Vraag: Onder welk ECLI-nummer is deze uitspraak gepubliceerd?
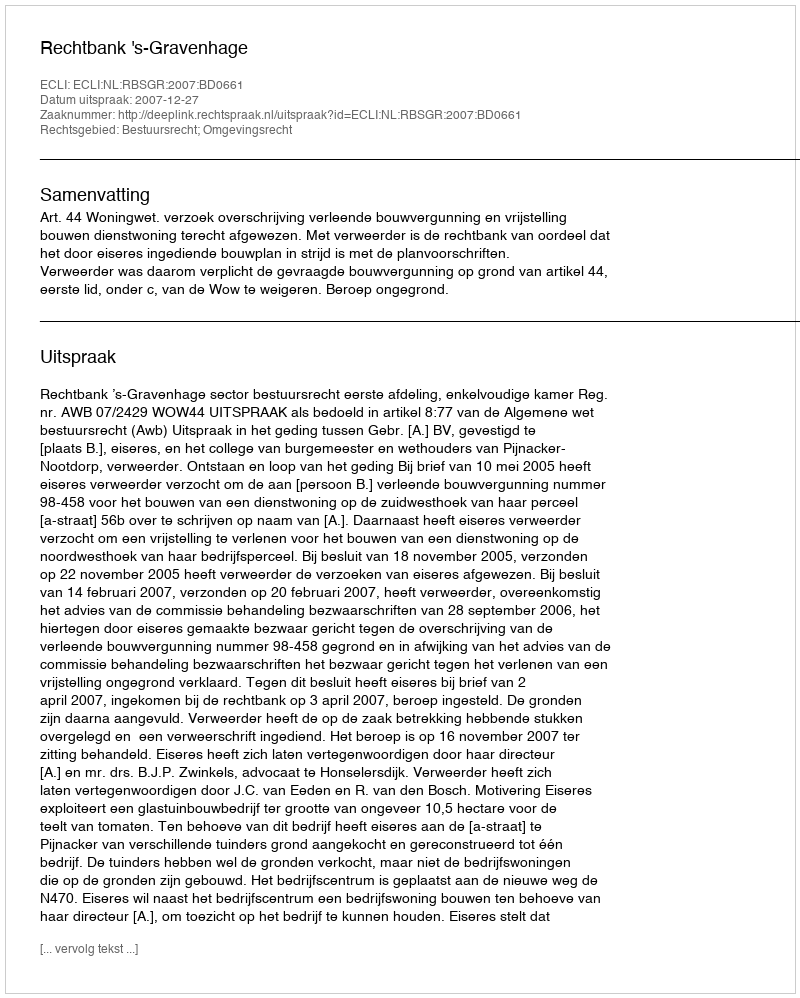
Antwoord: ECLI:NL:RBSGR:2007:BD0661